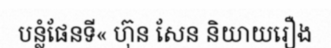
បន្លំផែនទី« ហ៊ុន សែន និយាយរឿង